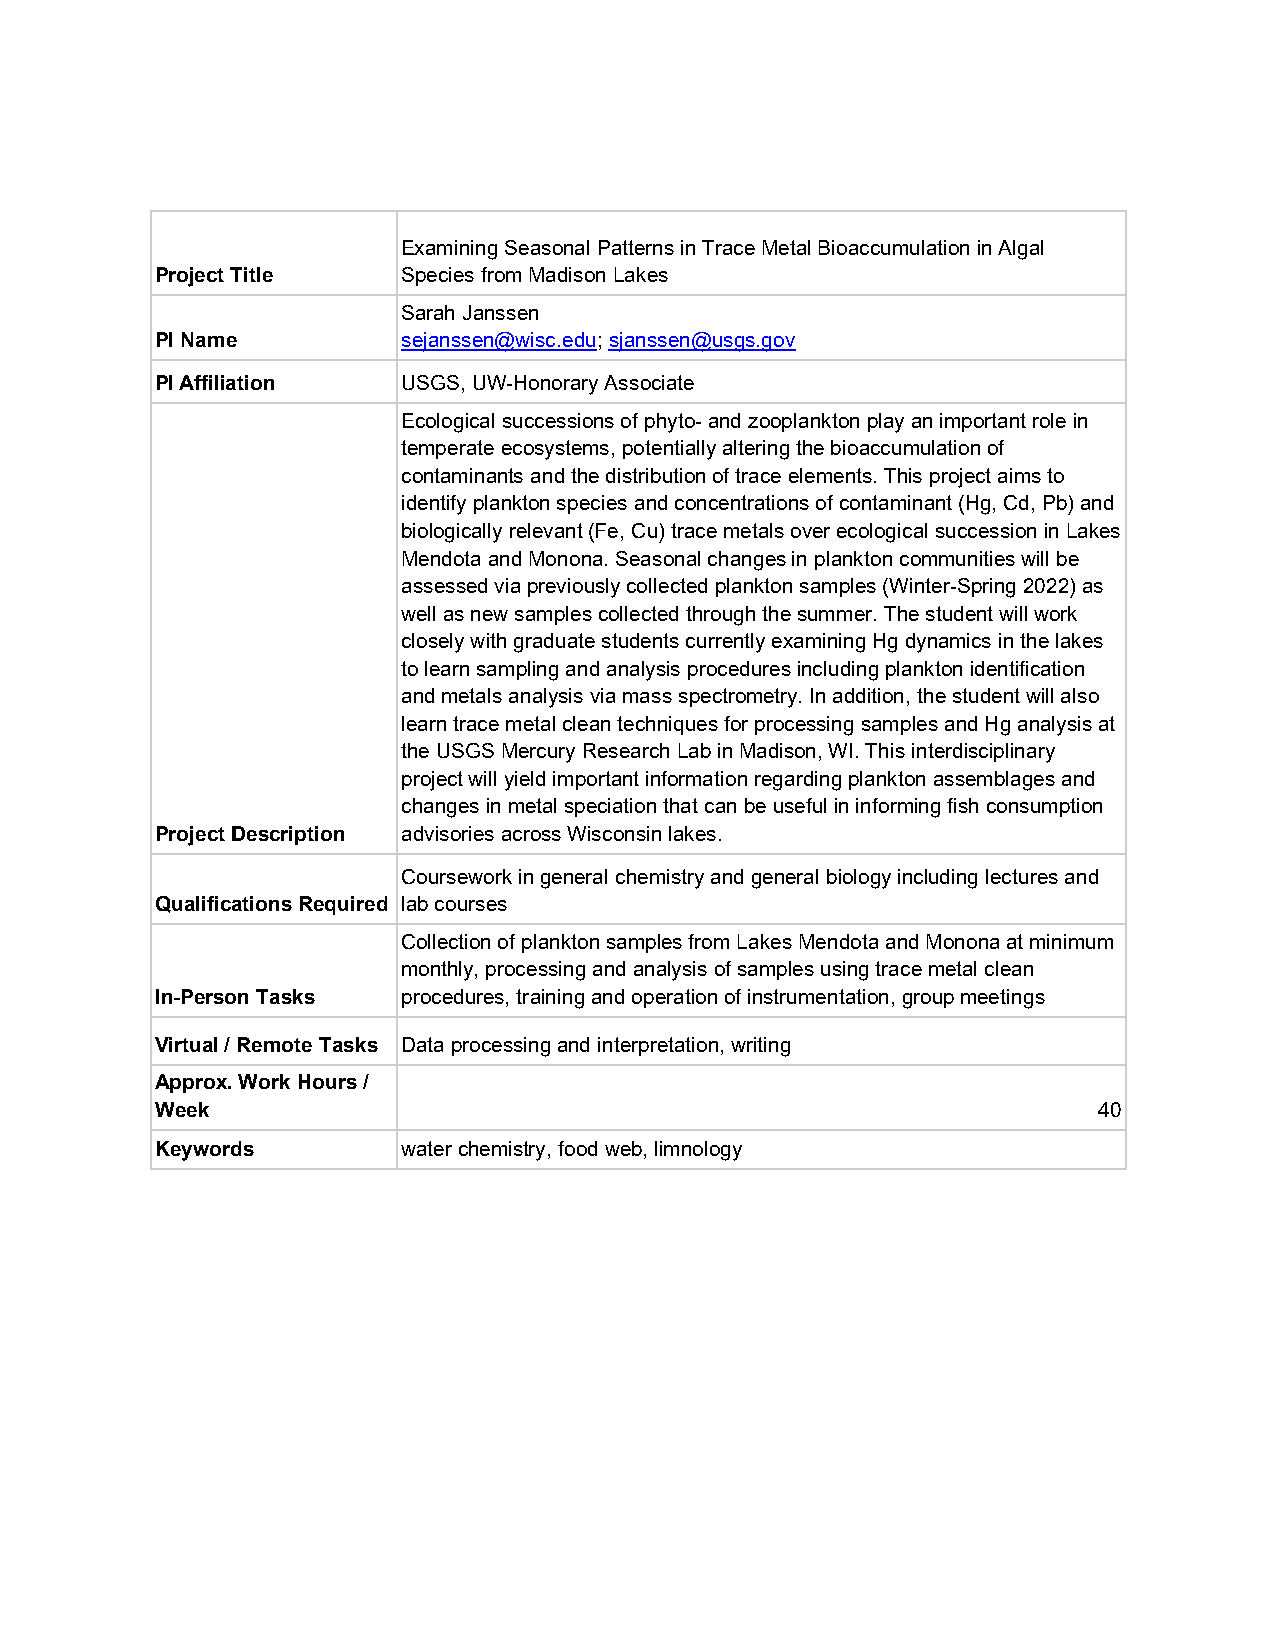
Examining Seasonal Patterns in Trace Metal Bioaccumulation in Algal
 Project Title    Species from Madison Lakes
 Sarah Janssen
 PI Name          sejanssen@wisc.edu; sjanssen@usgs.gov
 PI Affiliation   USGS, UW-Honorary Associate
 Ecological successions of phyto- and zooplankton play an important role in
 temperate ecosystems, potentially altering the bioaccumulation of
 contaminants and the distribution of trace elements. This project aims to
 identify plankton species and concentrations of contaminant (Hg, Cd, Pb) and
 biologically relevant (Fe, Cu) trace metals over ecological succession in Lakes
 Mendota and Monona. Seasonal changes in plankton communities will be
 assessed via previously collected plankton samples (Winter-Spring 2022) as
 well as new samples collected through the summer. The student will work
 closely with graduate students currently examining Hg dynamics in the lakes
 to learn sampling and analysis procedures including plankton identification
 and metals analysis via mass spectrometry. In addition, the student will also
 learn trace metal clean techniques for processing samples and Hg analysis at
 the USGS Mercury Research Lab in Madison, WI. This interdisciplinary
 project will yield important information regarding plankton assemblages and
 changes in metal speciation that can be useful in informing fish consumption
 Project Description advisories across Wisconsin lakes.
 Coursework in general chemistry and general biology including lectures and
 Qualifications Required lab courses
 Collection of plankton samples from Lakes Mendota and Monona at minimum
 monthly, processing and analysis of samples using trace metal clean
 In-Person Tasks  procedures, training and operation of instrumentation, group meetings
 Virtual / Remote Tasks Data processing and interpretation, writing
 Approx. Work Hours /
 Week                                                           40
 Keywords         water chemistry, food web, limnology